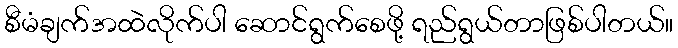
စီမံချက်အထဲလိုက်ပါ ဆောင်ရွက်စေဖို့ ရည်ရွယ်တာဖြစ်ပါတယ်။